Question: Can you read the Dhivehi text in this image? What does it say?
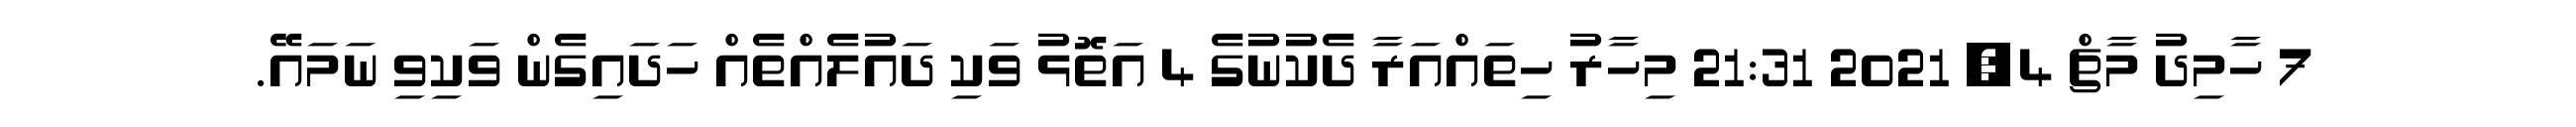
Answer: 7 ހާމިދު މާޗް 4, 2021 21:31 މިހާރު ހިތައްއަރާ ދެކުނުގެ 4 އަތޮޅު ވަކި ދައުލެއްތެއް ހަދައިގެން ވަކިވި ނަމައޭ.